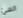
السئ